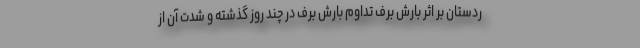
ردستان بر اثر بارش برف تداوم بارش برف در چند روز گذشته و شدت آن از